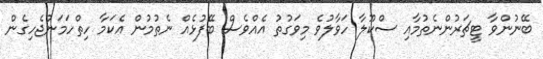
ބޭނުންވާ ޓީޗަރުންނެތުމާއި ސްކޫލާ ހަވާލުވެ މިވަގުތު އެއްވެސް ބޭފުޅެއް ނެތުމުން އެކަމާ ހިތްހަމަނުޖެހިގެން